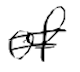
Text: of
Cross-out: double-line
Writing tool: digital_black